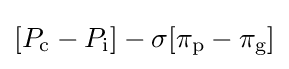
[P_{\mathrm {c} }-P_{\mathrm {i} }]-\sigma [\pi _{\mathrm {p} }-\pi _{\mathrm {g} }]